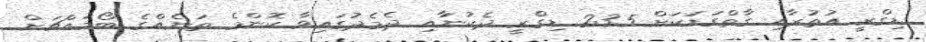
ޑިގްރީ އުތުރާއި ގާތްގަޑަކަށް 23.5 ޑިގްރީ ދެކުނާއި ދެމެދުގައިވާ ކޮންމެ ތަނެއްގެ ބޯމައްޗަށް